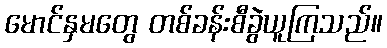
မောင်နှမတွေ တစ်ခန်းစီခွဲယူကြသည်။